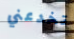
تخدعني